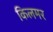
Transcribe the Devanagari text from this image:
किलमर